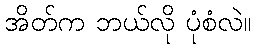
အိတ်က ဘယ်လို ပုံစံလဲ။